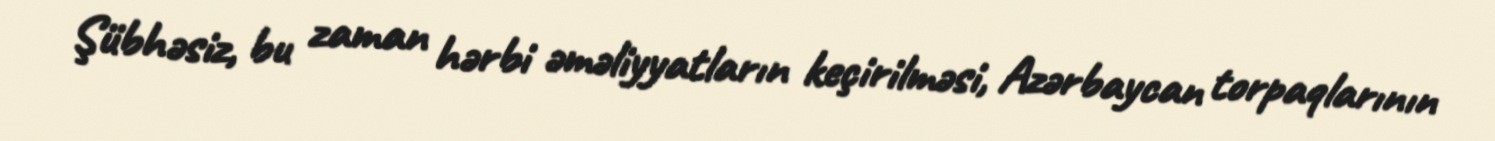
Şübhəsiz, bu zaman hərbi əməliyyatların keçirilməsi, Azərbaycan torpaqlarının